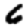
Digit: 6